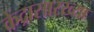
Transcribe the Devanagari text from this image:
केंद्रासारख्या